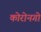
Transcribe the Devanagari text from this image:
कोरोनगो